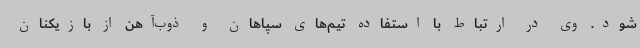
شود. وی در ارتباط با استفاده تیم‌های سپاهان و ذوب‌آهن از بازیکنان